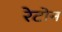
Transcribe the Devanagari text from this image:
रेटोन